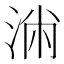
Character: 𰛷